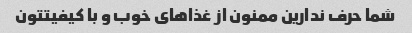
شما حرف ندارین ممنون از غذاهای خوب و با کیفیتتون